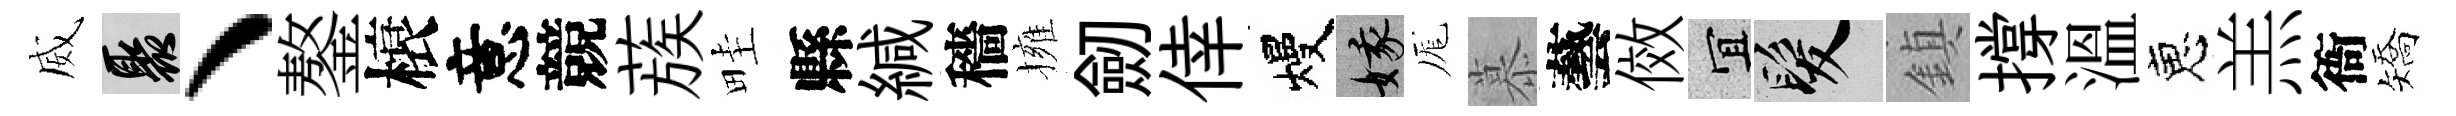
威聚、鏊榱意競蔟畦縣緘穡擁劒倖熳娥厖慕藝傚宜髮鎮撐溫恵羔衙矯